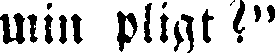
min pligt?"